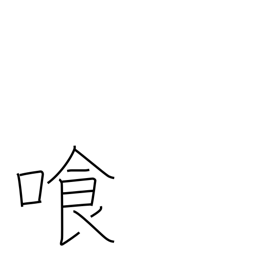
Meaning: drink